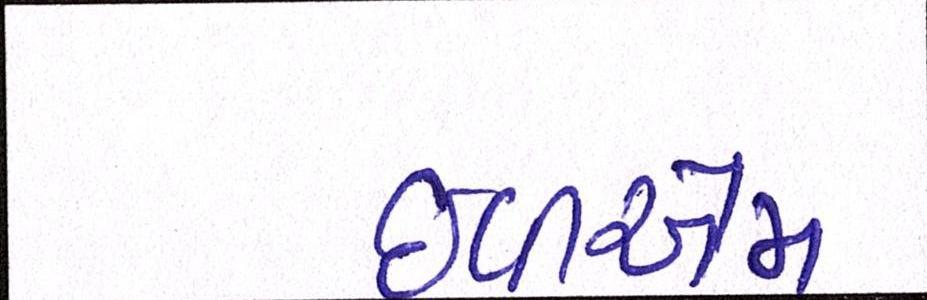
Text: ઇવીએમ